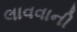
લાવવાની